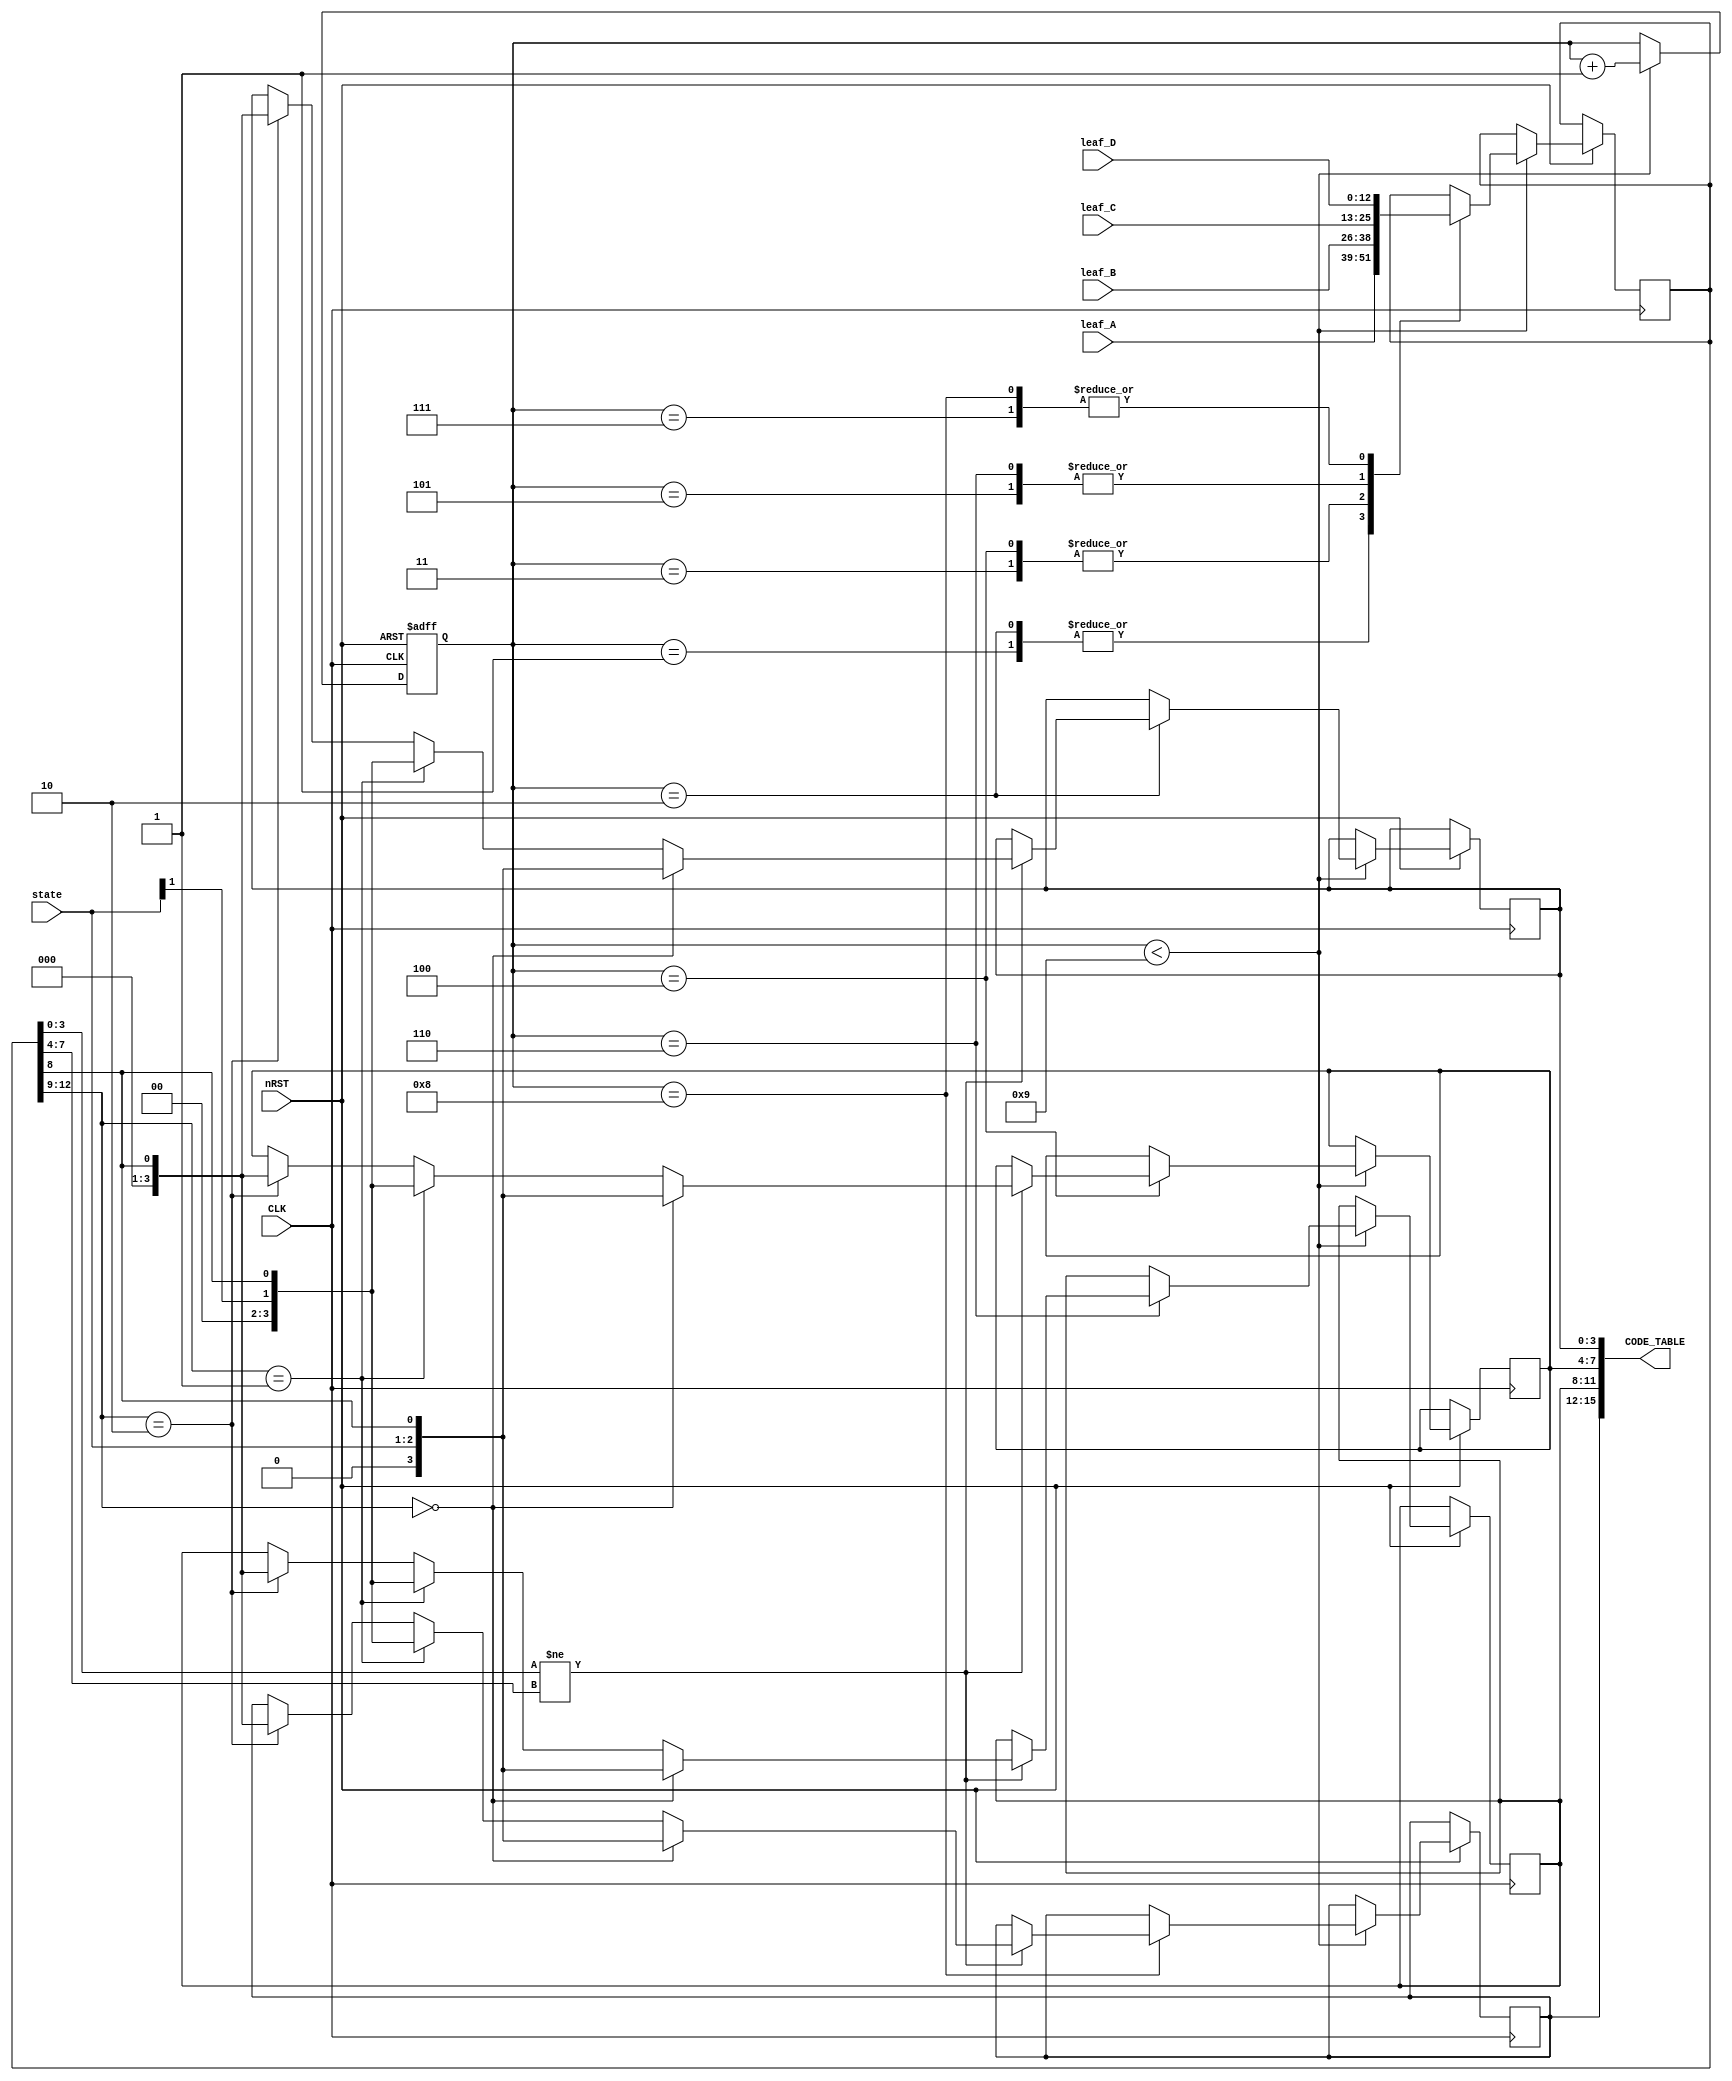
`timescale 1ns / 1ps
//////////////////////////////////////////////////////////////////////////////////
// Company: 
// Engineer: 
// 
// Design Name: 
// Module Name:    create_node_code 
// Project Name: 
// Target Devices: 
// Tool versions: 
// Description: 
//
// Dependencies: 
//
// Revision: 
// Revision 0.01 - File Created
// Additional Comments: 
//
//////////////////////////////////////////////////////////////////////////////////
module create_node_code(CLK,nRST,state,leaf_A,leaf_B,leaf_C,leaf_D,CODE_TABLE);
	input CLK;
	input nRST;
	input [1:0] state;
	input [12:0] leaf_A;
	input [12:0] leaf_B;
	input [12:0] leaf_C;
	input [12:0] leaf_D;
	
	output [15:0] CODE_TABLE;
	
	reg [3:0] state1;
	reg [3:0] state2;
	reg [3:0] state3;
	reg [3:0] state4;
		
	reg [12:0] temp_node;
	reg [11:0] counter;
	
	wire [3:0] S0;
	wire [3:0] S1;
	wire [3:0] S2;

	assign S0 = 4'b0000;
	assign S1 = 4'b0001;
	assign S2 = 4'b0010;
	
	always @ (posedge CLK or negedge nRST)
	begin
		if(!nRST)
			counter <= 1;
		else 
			begin
			if(counter < 12'h009)
				begin
				counter <= counter + 1;
				case(counter)
				12'h001: temp_node <= leaf_A;
				12'h002: begin
						  temp_node <= #1 leaf_A;
						  if(temp_node[3:0] != temp_node[7:4])
								begin
								case(temp_node[12:9])
								S0: state1 <= {1'b0,state,temp_node[8]};
								S1: state1 <= {2'b00,state[1],temp_node[8]};
								S2: state1 <= {3'b000,temp_node[8]};
								default:;
								endcase
								end
							else;
							end
				12'h003: temp_node <= leaf_B;
				12'h004: begin
						  temp_node <= #1 leaf_B;
						  if(temp_node[3:0] != temp_node[7:4])
								begin
								case(temp_node[12:9])
								S0: state2 <= {1'b0,state,temp_node[8]};
								S1: state2 <= {2'b00,state[1],temp_node[8]};
								S2: state2 <= {3'b000,temp_node[8]};
								default:;
								endcase
								end
							else;
							end
				12'h005: temp_node <= leaf_C;
				12'h006: begin
						  temp_node <= #1 leaf_C;
						  if(temp_node[3:0] != temp_node[7:4])
								begin
								case(temp_node[12:9])
								S0: state3 <= {1'b0,state,temp_node[8]};
								S1: state3 <= {2'b00,state[1],temp_node[8]};
								S2: state3 <= {3'b000,temp_node[8]};
								default:;
								endcase
								end
							else;
							end
				12'h007: temp_node <= leaf_D;
				12'h008: begin
						  temp_node <= #1 leaf_D;
						  if(temp_node[3:0] != temp_node[7:4])
								begin
								case(temp_node[12:9])
								S0: state4 <= {1'b0,state,temp_node[8]};
								S1: state4 <= {2'b00,state[1],temp_node[8]};
								S2: state4 <= {3'b000,temp_node[8]};
								default:;
								endcase
								end
							else;
							end
				default:;
				endcase
							
				end
			else;
			end
	end
	assign CODE_TABLE = {state4,state3,state2,state1};

endmodule